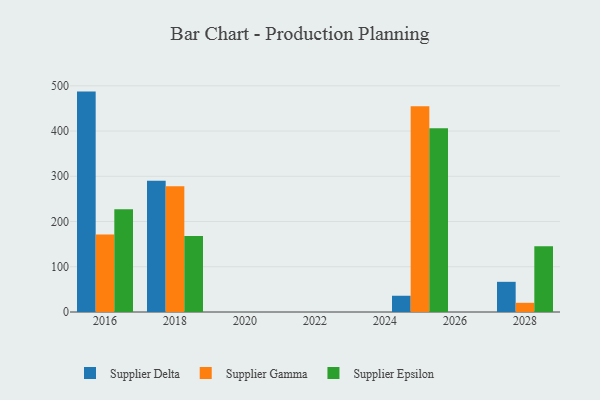
{"axis": {"x": "Year", "y": "Temperature (°C)"}, "legend": ["Supplier Delta", "Supplier Epsilon", "Supplier Gamma"], "data": [{"x": "2016", "y": 487.2, "type": "Supplier Delta"}, {"x": "2016", "y": 171.3, "type": "Supplier Gamma"}, {"x": "2016", "y": 227.0, "type": "Supplier Epsilon"}, {"x": "2018", "y": 290.3, "type": "Supplier Delta"}, {"x": "2018", "y": 278.0, "type": "Supplier Gamma"}, {"x": "2018", "y": 167.8, "type": "Supplier Epsilon"}, {"x": "2025", "y": 35.9, "type": "Supplier Delta"}, {"x": "2025", "y": 455.0, "type": "Supplier Gamma"}, {"x": "2025", "y": 406.1, "type": "Supplier Epsilon"}, {"x": "2028", "y": 66.7, "type": "Supplier Delta"}, {"x": "2028", "y": 20.3, "type": "Supplier Gamma"}, {"x": "2028", "y": 145.1, "type": "Supplier Epsilon"}]}